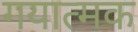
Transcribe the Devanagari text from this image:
गयात्मक